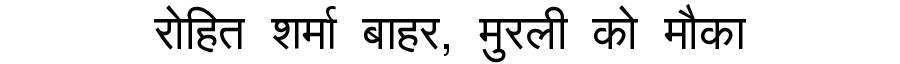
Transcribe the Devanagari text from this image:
रोहित शर्मा बाहर, मुरली को मौका